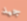
جيد